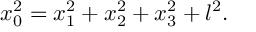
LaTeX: x _ { 0 } ^ { 2 } = x _ { 1 } ^ { 2 } + x _ { 2 } ^ { 2 } + x _ { 3 } ^ { 2 } + l ^ { 2 } .